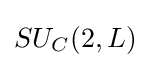
SU_{C}(2,L)